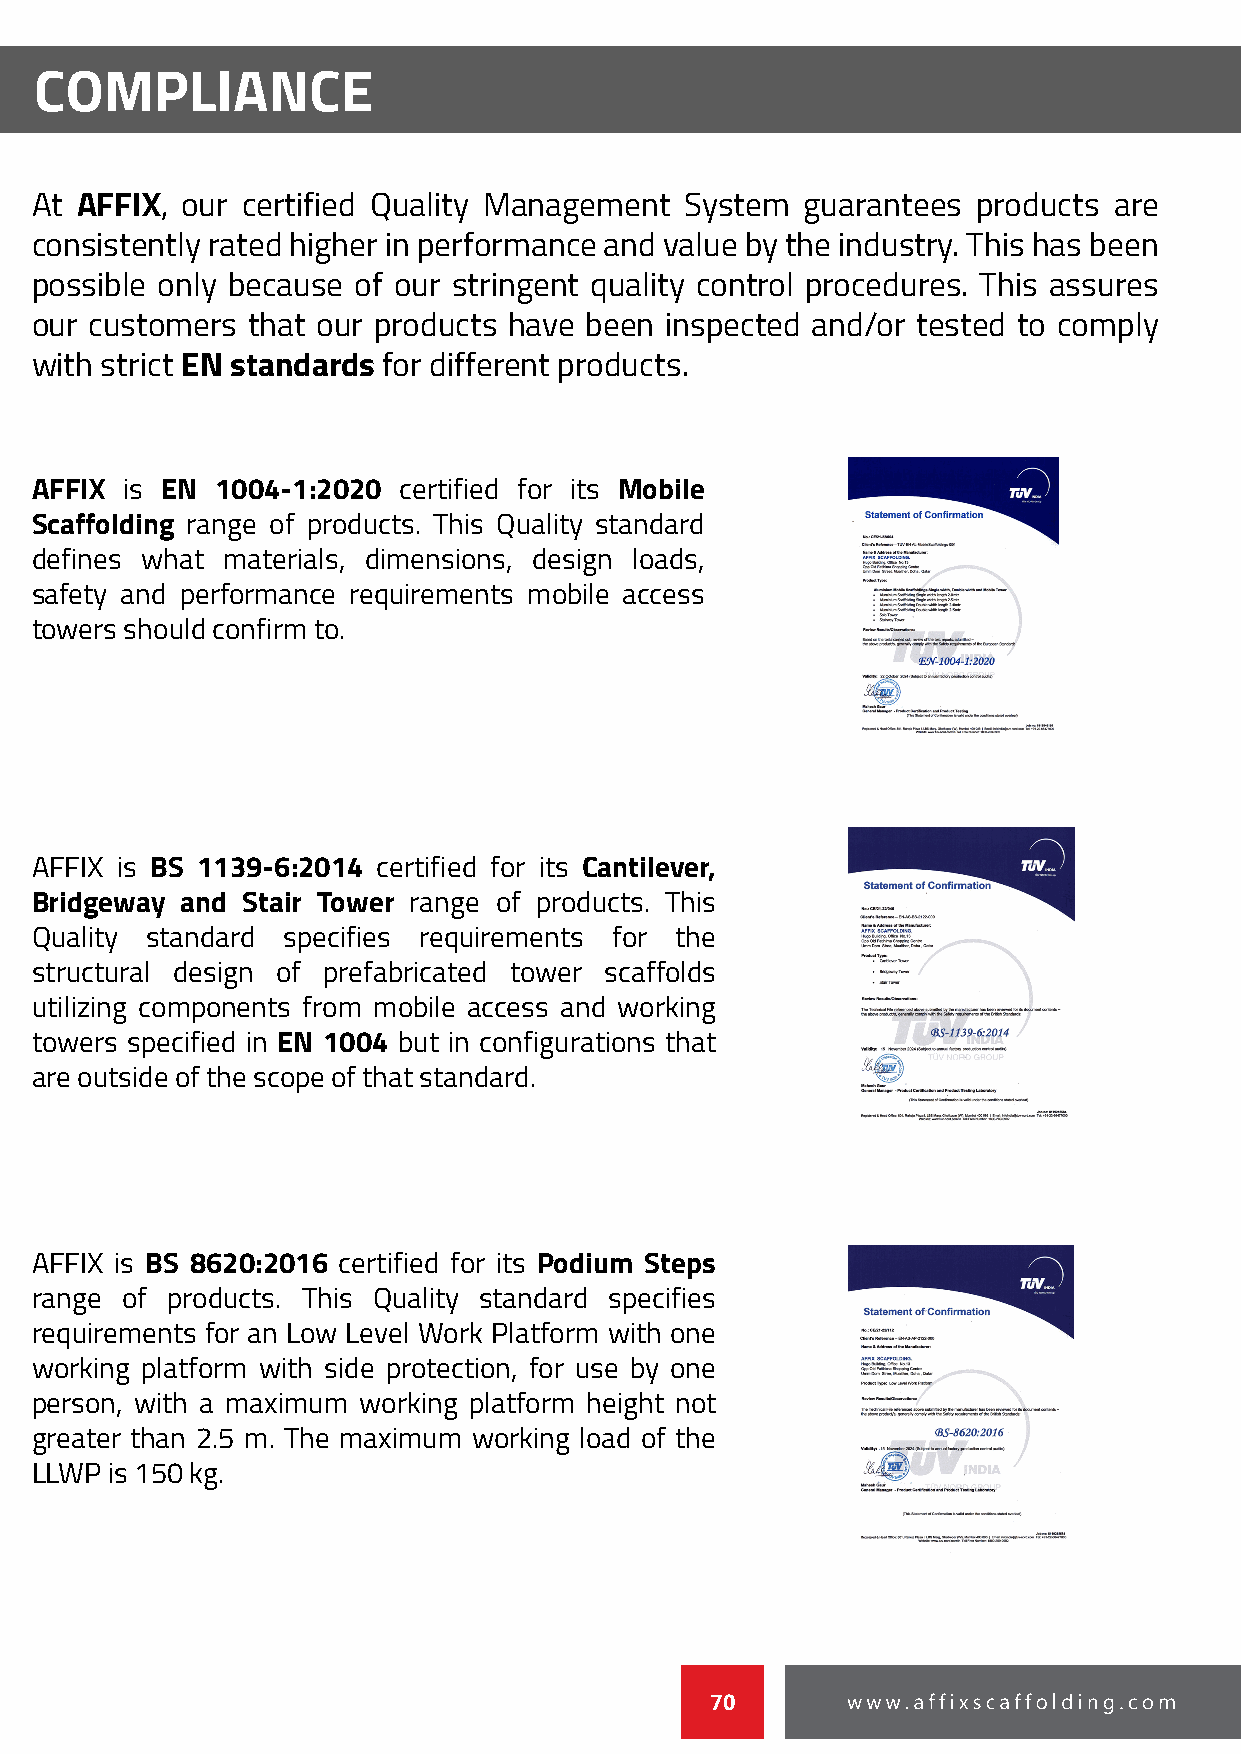
COMPLIANCE
 At AFFIX, our certified Quality Management System  guarantees  products are
 consistently rated higher in performance and value by the industry. This has been
 possible only because of our stringent quality control procedures. This assures
 our customers that our products have been inspected and/or tested to comply
 with strict EN standards for different products.
 AFFIX is EN 1004-1:2020 certified for its Mobile
 Scaffolding range of products. This Quality standard
 defines what materials, dimensions, design loads,
 safety and performance requirements mobile access
 towers should confirm to.
 AFFIX is BS 1139-6:2014 certified for its Cantilever,
 Bridgeway and Stair Tower range of products. This
 Quality standard specifies requirements for the
 structural design of prefabricated tower scaffolds
 utilizing components from mobile access and working
 towers specified in EN 1004 but in configurations that
 are outside of the scope of that standard.
 AFFIX is BS 8620:2016 certified for its Podium Steps
 range of products. This Quality standard specifies
 requirements for an Low Level Work Platform with one
 working platform with side protection, for use by one
 person, with a maximum working platform height not
 greater than 2.5 m. The maximum working load of the
 LLWP is 150 kg.
 70